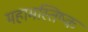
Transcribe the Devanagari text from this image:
महामस्तिष्क